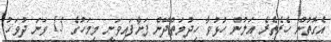
އެގޮތުން ހެރެތެރެ އަލުން ހުޅުވާ ހިދުމަތްދޭން ފަށާފައިވަނީ މިމަހުގެ 15 ވަނަ ދުވަހު